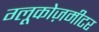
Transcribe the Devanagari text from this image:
ग्लूकोज़मीटर